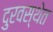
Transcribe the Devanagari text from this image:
दुरवस्थेत